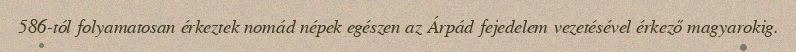
586-tól folyamatosan érkeztek nomád népek egészen az Árpád fejedelem vezetésével érkező magyarokig.